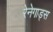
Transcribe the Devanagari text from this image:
रेनेगाड्स